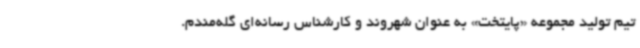
تیم تولید مجموعه «پایتخت» به عنوان شهروند و کارشناس رسانه‌ای گله‌مندم.